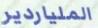
الملياردير